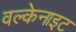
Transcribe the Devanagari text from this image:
वल्केनाइट